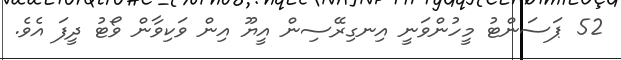
52 ޕަސަންޓު މީހުންވަނީ އިނގިރޭސިން އީޔޫ އިން ވަކިވާން ވޯޓު ދީފަ އެވެ.